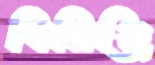
বিরিঞ্জি